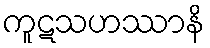
ကူဋသဟဿာနိ